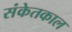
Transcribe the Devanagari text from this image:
संकेतकाल